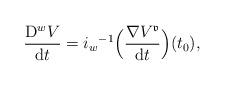
LaTeX: \begin{align*}\frac{{\rm D}^w V}{{\rm d}t} = {i_w}^{-1}\Bigl(\frac{\nabla V^\mathfrak{v}}{{\rm d}t}\Bigr)(t_0),\end{align*}